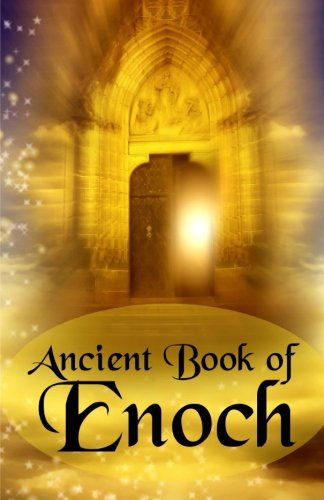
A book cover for Ancient Book of Enoch; Ken Johnson; Christian Books & Bibles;